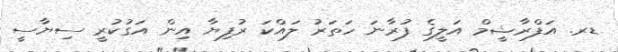
ޑރ. އަފްރާޝީމް އަލީގެ ފުރާނަ ހަތަރު ލައްކަ ރުފިޔާ އިން އަގުކުރީ ސިޔާސީ